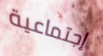
إجتماعية